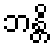
ဘန္တိ